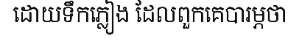
ដោយទឹកភ្លៀង ដែលពួកគេបារម្ភថា